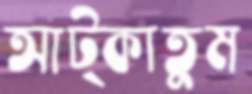
আট্‌কাতুম